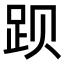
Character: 𬦥